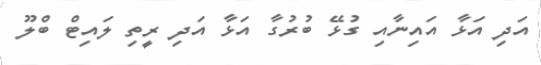
އަދި އަޅާ އައިނާއި ގުޅޭ ބުރުގާ އަޅާ އަދި ރީތި ލައިޓް ބްލޫ